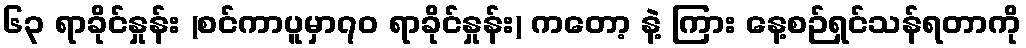
၆၃ ရာခိုင်နှုန်း (စင်ကာပူမှာ၇၀ ရာခိုင်နှုန်း) ကတော့ နဲ့ ကြား နေ့စဉ်ရှင်သန်ရတာကို